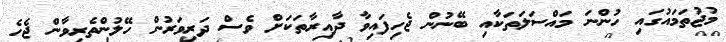
މުޖުތަމައުގައި ހުންނަ މައްސަލަތަކާއި ބޭނުން ޖެހިފައިވާ ދާއިރާތަކަށް ވެސް ދަރިވަރުން ހޭލުންތެރިވާން ޖެހެ